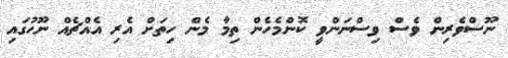
ނޫސްވެރިން ވެސް ވިސްނަންވީ ކޮންމެހެން ތިމާ މެން ހިތަށް އެރި އެއްޗެއް ނޫހުގައި